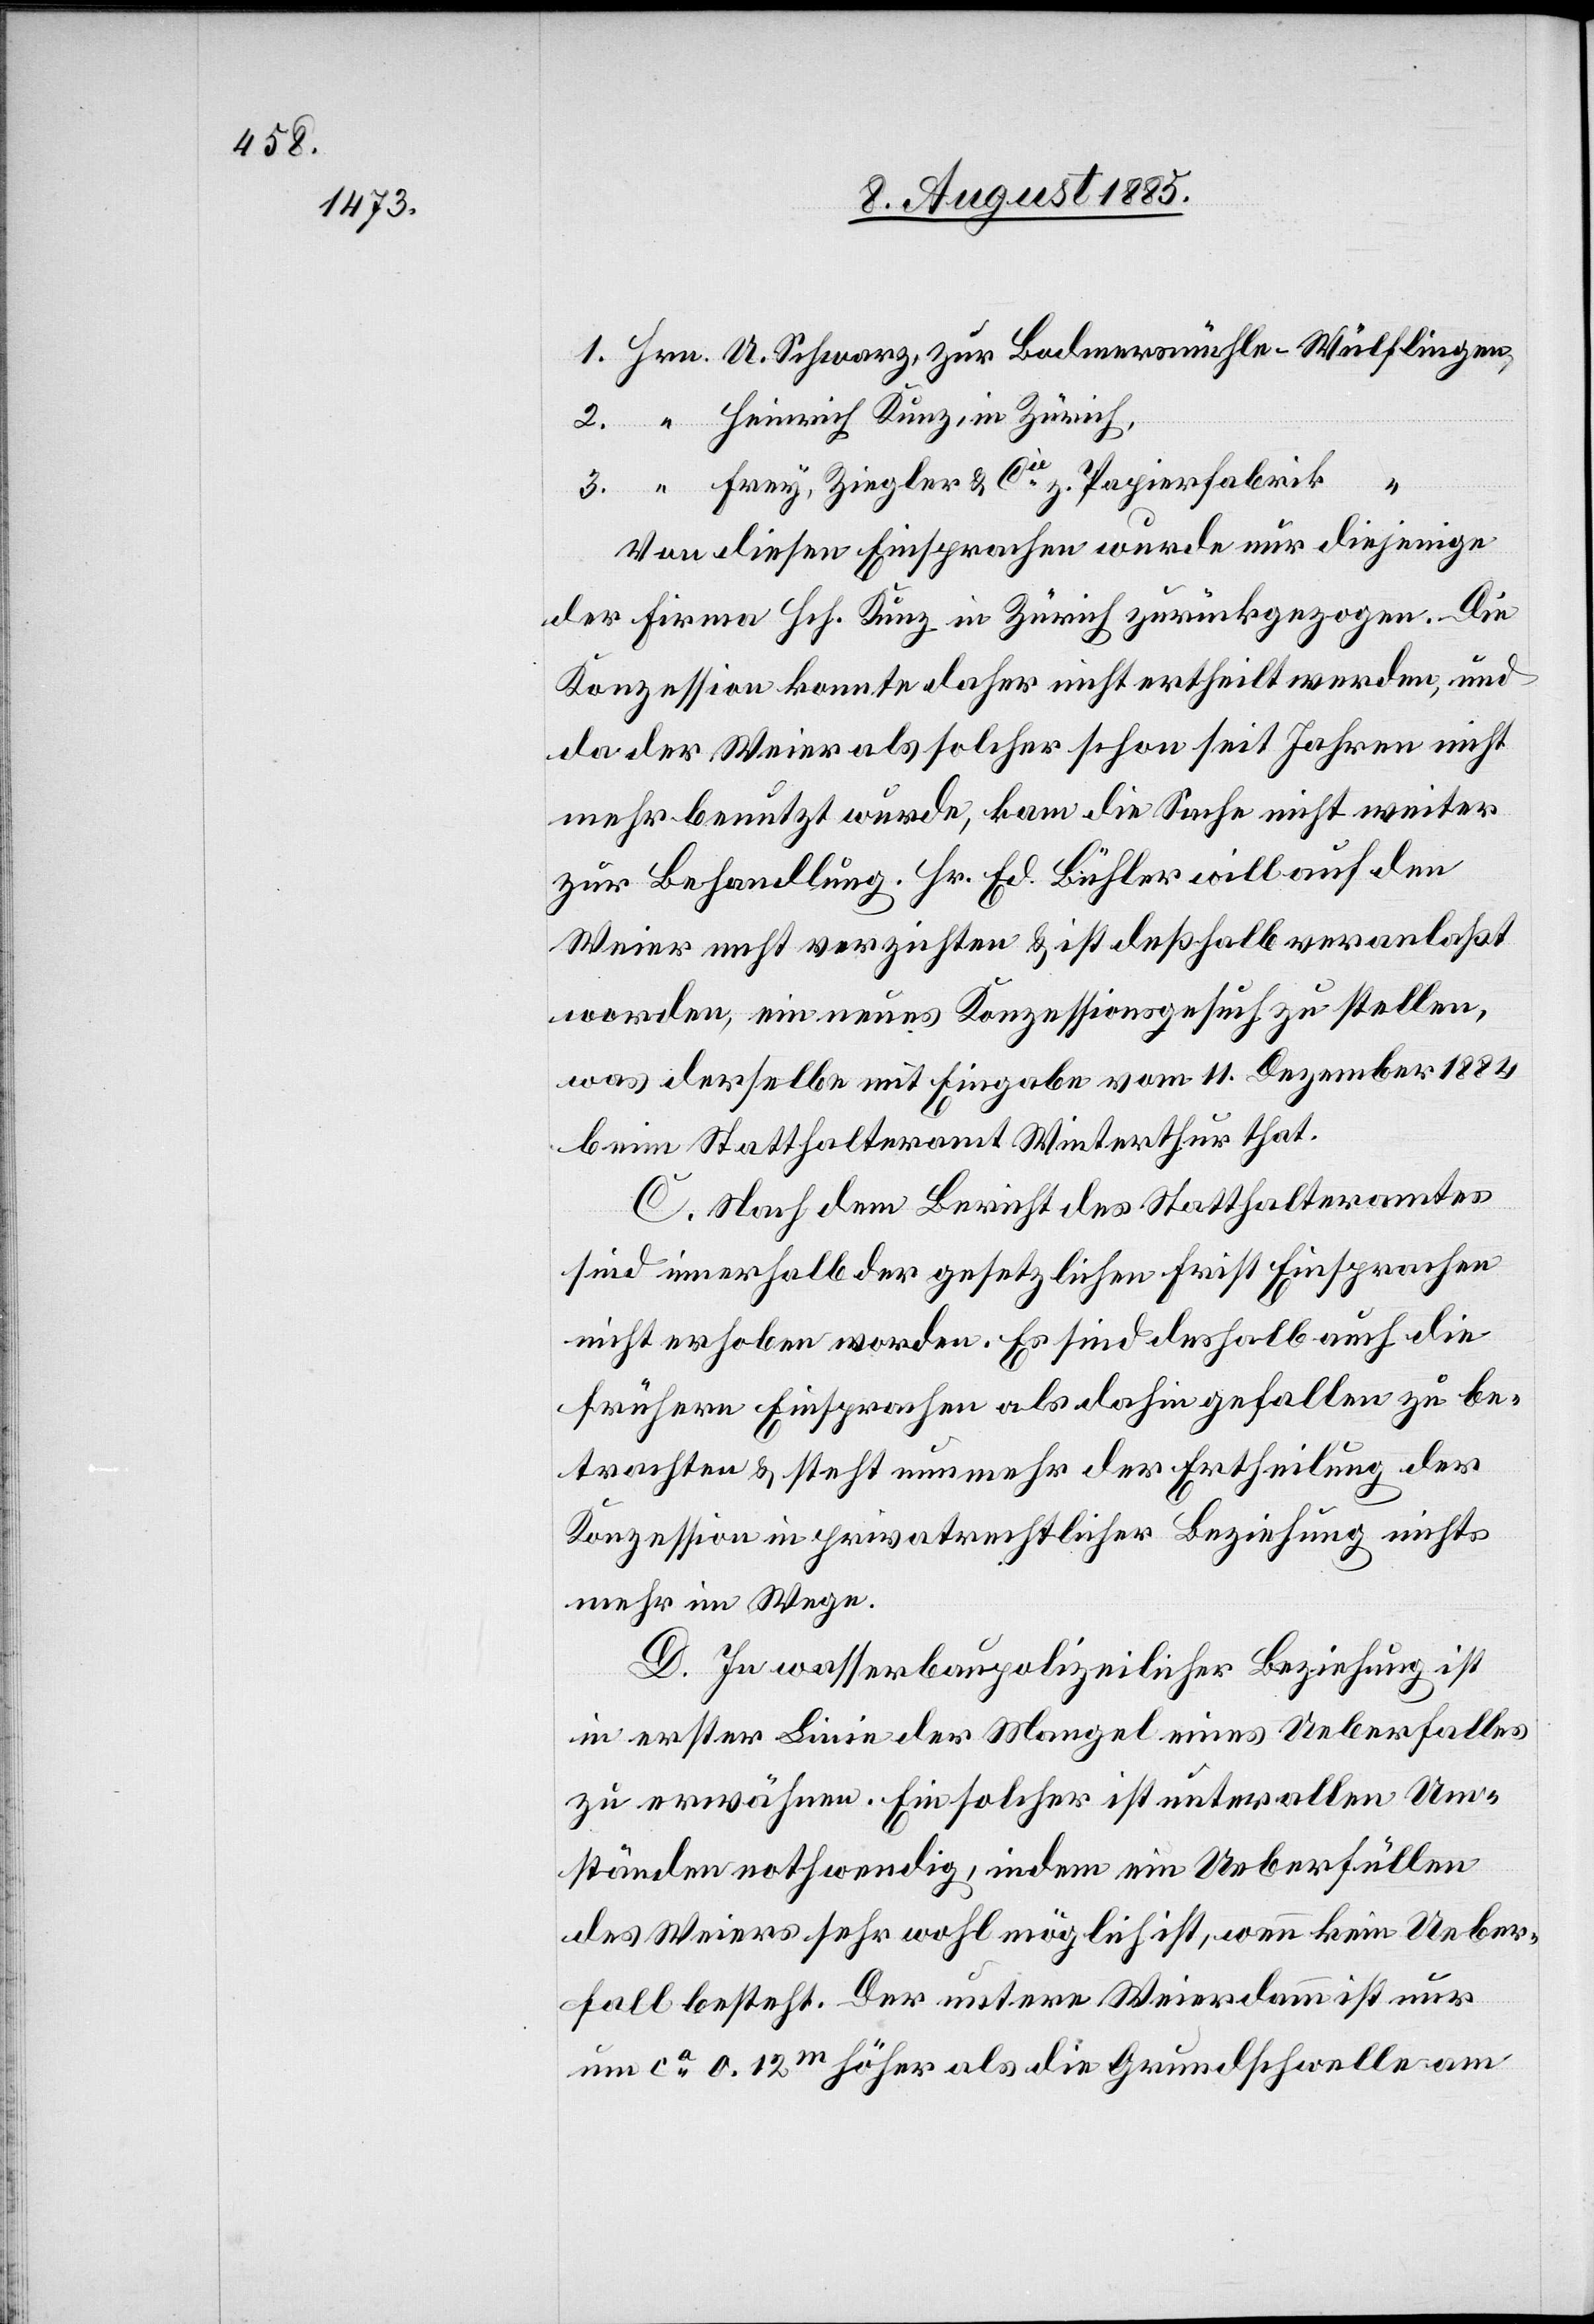
3.
Frey, Ziegler & Cie z. Papierfabrik
Von diesen Einsprachen wurde nur diejenige
der Firma Hch. Kunz in Zürich zurückgezogen. Die
Konzession konnte daher nicht ertheilt werden, und
da der Weier als solcher schon seit Jahren nicht
mehr benutzt wurde, kam die Sache nicht weiter
zur Behandlung. Hr. Ed. Bühler will auf den
Weier nicht verzichten & ist deßhalb veranlaßt
worden, ein neues Konzessionsgesuch zu stellen,
was derselbe mit Eingabe vom 11. Dezember 1884
beim Statthalteramt Winterthur that.
C. Nach dem Bericht des Statthalteramtes
sind innerhalbe der gesetzlichen Frist Einsprachen
nicht erhoben worden. Es sind deshalb auch die
frühern Einsprachen als dahin gefallen zu be¬
trachten & steht nun mehr der Ertheilung der
Konzession in privatrechtlicher Beziehung nichts
mehr im Wege.
D. In wasserbaupolizeilicher Beziehung ist
in erster Linie der Mangel eines Ueberfalles
zu erwähnen. Ein solcher ist unter allen Um¬
ständen nothwendig, indem ein Ueberfüllen
des Weiers sehr wohl möglich ist, wenn kein Ueber¬
fall besteht. Der untere Weierdamm ist nur
um ca 0.12m höher als die Grundschwelle am